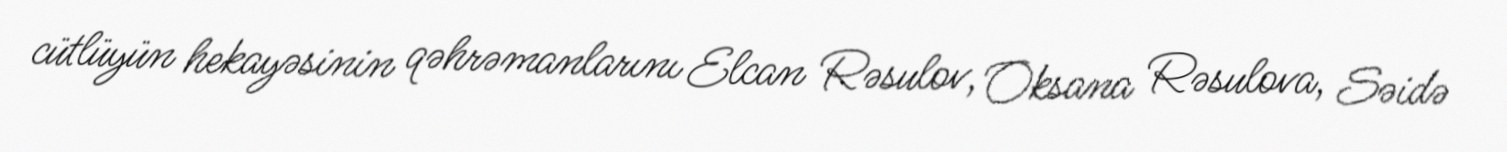
cütlüyün hekayəsinin qəhrəmanlarını Elcan Rəsulov, Oksana Rəsulova, Səidə